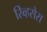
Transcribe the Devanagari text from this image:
स्र्व्हिसेस